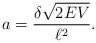
\begin{align*}a = \frac{\delta\sqrt{2EV}}{\ell^2}.\end{align*}